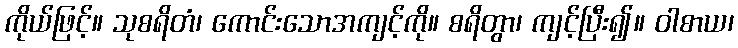
ကိုယ်ဖြင့်။ သုစရိတံ၊ ကောင်းသောအကျင့်ကို။ စရိတွာ၊ ကျင့်ပြီး၍။ ဝါစာယ၊